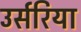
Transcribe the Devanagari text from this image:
उर्सरिया